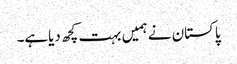
پاکستان نے ہمیں بہت کچھ دیاہے۔